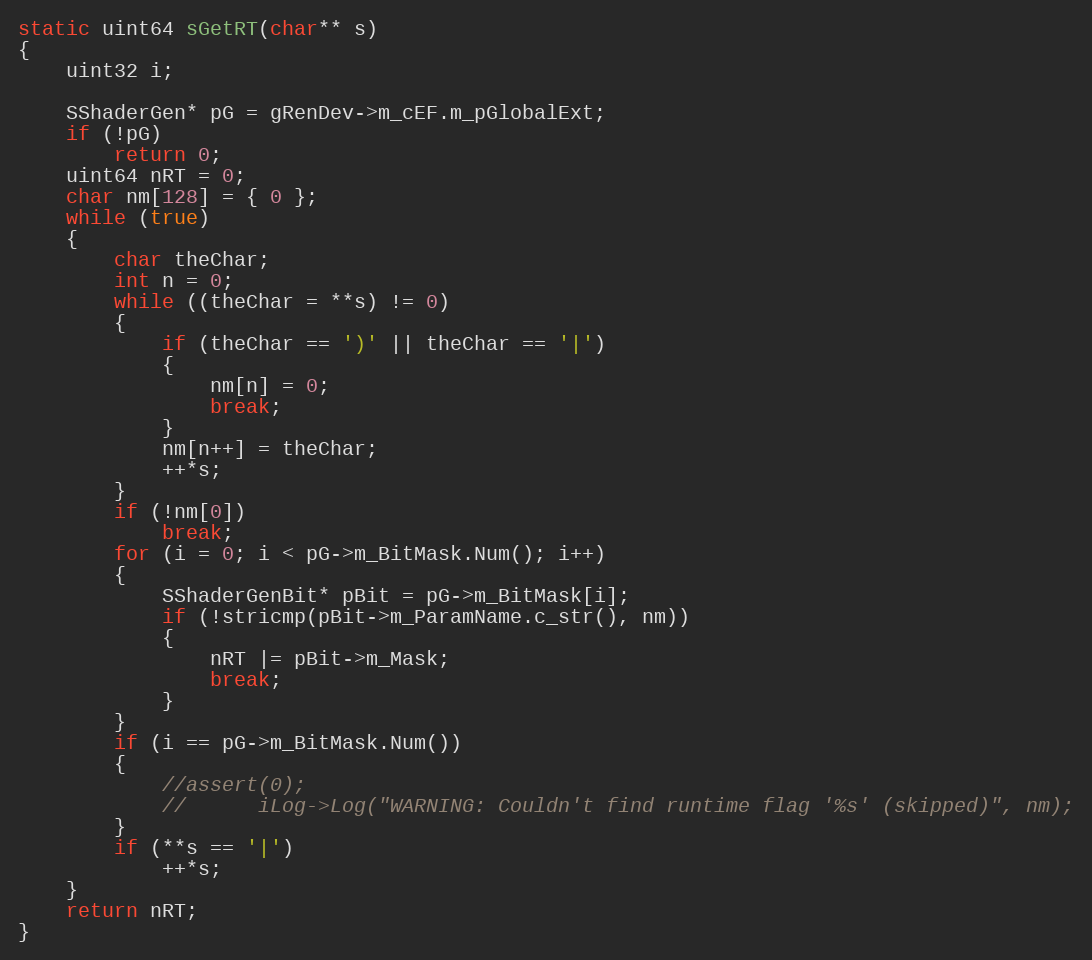
Language: C++
static uint64 sGetRT(char** s)
{
	uint32 i;

	SShaderGen* pG = gRenDev->m_cEF.m_pGlobalExt;
	if (!pG)
		return 0;
	uint64 nRT = 0;
	char nm[128] = { 0 };
	while (true)
	{
		char theChar;
		int n = 0;
		while ((theChar = **s) != 0)
		{
			if (theChar == ')' || theChar == '|')
			{
				nm[n] = 0;
				break;
			}
			nm[n++] = theChar;
			++*s;
		}
		if (!nm[0])
			break;
		for (i = 0; i < pG->m_BitMask.Num(); i++)
		{
			SShaderGenBit* pBit = pG->m_BitMask[i];
			if (!stricmp(pBit->m_ParamName.c_str(), nm))
			{
				nRT |= pBit->m_Mask;
				break;
			}
		}
		if (i == pG->m_BitMask.Num())
		{
			//assert(0);
			//      iLog->Log("WARNING: Couldn't find runtime flag '%s' (skipped)", nm);
		}
		if (**s == '|')
			++*s;
	}
	return nRT;
}